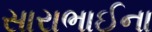
સારાભાઈના